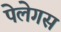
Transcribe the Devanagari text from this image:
पेलेगस